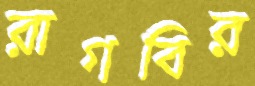
রাগবির